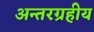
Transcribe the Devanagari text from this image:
अन्तरग्रहीय